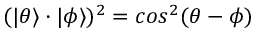
( | \theta \rangle \cdot | \phi \rangle ) ^ { 2 } = c o s ^ { 2 } { ( \theta - \phi ) }